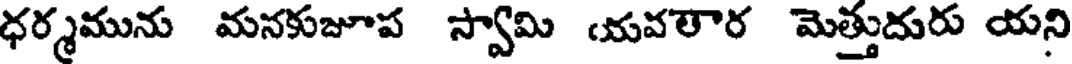
ధర్మమును మనకుజూప స్వామి యవలార మెత్తుదురు యని